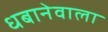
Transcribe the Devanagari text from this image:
धबानेवाला